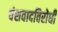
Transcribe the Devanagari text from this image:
वंशवादविरोधी